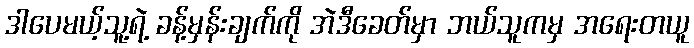
ဒါပေမယ့်သူ့ရဲ့ ခန့်မှန်းချက်ကို အဲဒီခေတ်မှာ ဘယ်သူကမှ အရေးတယူ